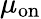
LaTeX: \mu_{\mathrm{on}}